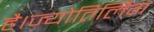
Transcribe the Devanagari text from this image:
है।ज्योतिर्लिंग